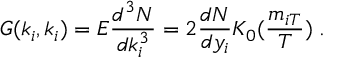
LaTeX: G ( k _ { i } , k _ { i } ) = E \frac { d ^ { 3 } N } { d k _ { i } ^ { 3 } } = 2 \frac { d N } { d y _ { i } } K _ { 0 } ( \frac { m _ { i T } } T ) \; .